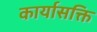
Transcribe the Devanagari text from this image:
कार्यासक्ति